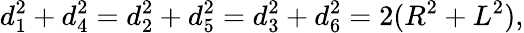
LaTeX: d_{1}^{2}+d_{4}^{2}=d_{2}^{2}+d_{5}^{2}=d_{3}^{2}+d_{6}^{2}=2(R^{2}+L^{2}),